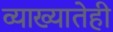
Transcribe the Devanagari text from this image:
व्याख्यातेही